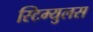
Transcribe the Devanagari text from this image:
स्टिम्युलस